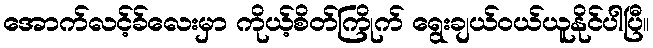
အောက်လင့်ခ်လေးမှာ ကိုယ့်စိတ်ကြိုက် ရွေးချယ်ဝယ်ယူနိုင်ပါပြီ။